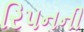
રિપનની